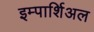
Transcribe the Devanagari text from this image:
इम्पार्शिअल